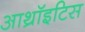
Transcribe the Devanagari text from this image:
आथ्रॉइटिस